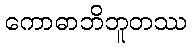
ကောဓာဘိဘူတဿ